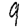
Digit: 9